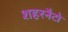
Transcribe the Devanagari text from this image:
शहरनैटो